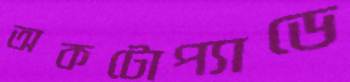
অকটোপ্যাডে